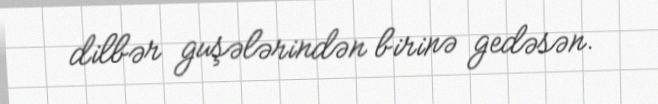
dilbər guşələrindən birinə gedəsən.